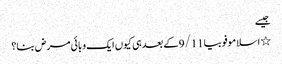
جیسے
٭ اسلاموفوبیا 9/11 کے بعد ہی کیوں ایک وبائی مرض بنا؟